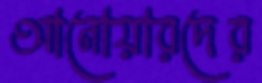
আনোয়ারদের